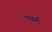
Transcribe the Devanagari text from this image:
एबर्म